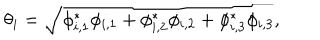
LaTeX: \theta _ { i } = \sqrt { \phi _ { i , 1 } ^ { * } \phi _ { i , 1 } + \phi _ { i , 2 } ^ { * } \phi _ { i , 2 } + \phi _ { i , 3 } ^ { * } \phi _ { i , 3 } } ,